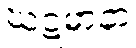
ဃဋ္ဋမာနာ